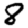
Digit: 8